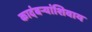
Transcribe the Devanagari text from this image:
कादंबर्‍यांशिवाय